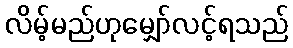
လိမ့်မည်ဟုမျှော်လင့်ရသည်